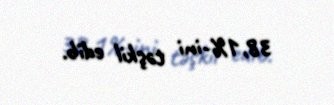
38,1%-ini təşkil edib.